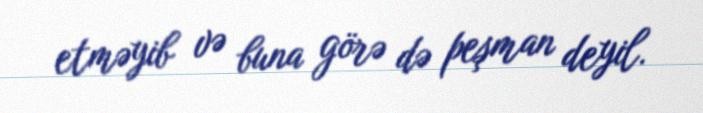
etməyib və buna görə də peşman deyil.